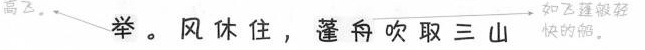
高飞。 举。风休住，篷舟吹取三山 如飞蓬般轻快的船。